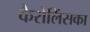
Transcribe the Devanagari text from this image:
कैरोलिंसका